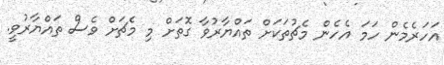
އަހަރެމެން ހަމަ އެހެން މެޗުތަކަށް ތައްޔާރުވާ ގޮތަށް މި މެޗަށް ވެސް ތައްޔާރުވީ.